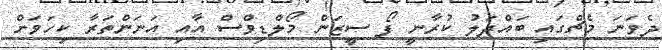
ދެވަނަ މެޗްގައި ބައްދަލު ކުރާނީ ފޯ ސީޒަން މޯލްޑިވްސް އާއި އަނަންތަރާ ކިހަވަށް